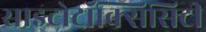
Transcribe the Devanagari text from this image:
साइटोटॉक्सिसिटी